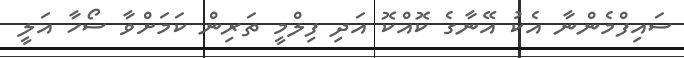
ސައިފްމެންނާ އެކު އޭނާގެ ކޮއްކޮ އަދި ފިލްމީ ތަރިން ކަމަށްވާ ސޯހާ އަލީ